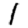
Digit: 1